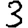
Digit: 3